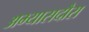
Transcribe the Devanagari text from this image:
अभ्यासदौरा